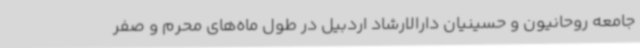
جامعه روحانیون و حسینیان دارالارشاد اردبیل در طول ماه‌های محرم و صفر